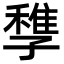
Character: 𡦠